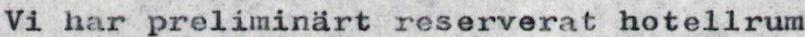
Vi har preliminärt reserverat hotellrum